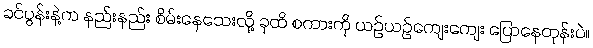
ခင်ပွန်းနဲ့က နည်းနည်း စိမ်းနေသေးလို့ ခုထိ စကားကို ယဉ်ယဉ်ကျေးကျေး ပြောနေတုန်းပဲ။